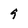
Character: 9